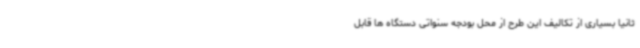
ثانیا بسیاری از تکالیف این طرح از محل بودجه سنواتی دستگاه ها قابل